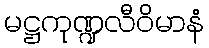
မဋ္ဌကုဏ္ဍလီဝိမာနံ